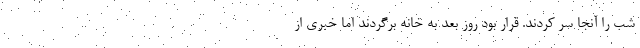
شب را آنجا سر کردند. قرار بود روز بعد به خانه برگردند اما خبری از